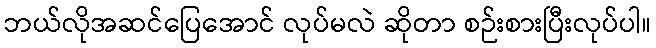
ဘယ်လိုအဆင်ပြေအောင် လုပ်မလဲ ဆိုတာ စဉ်းစားပြီးလုပ်ပါ။